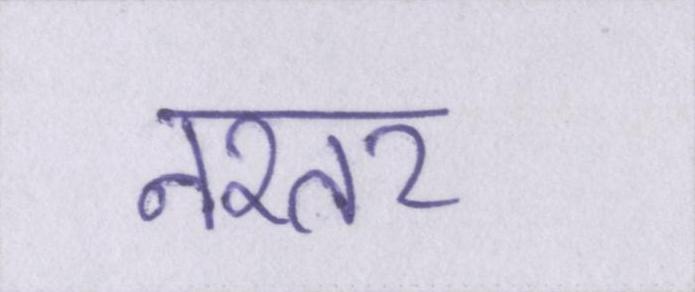
नश्तर